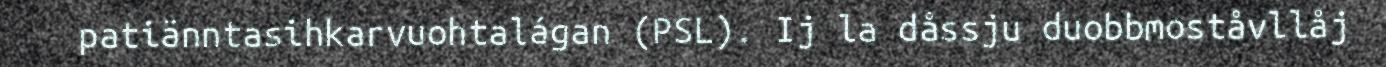
patiänntasihkarvuohtalágan (PSL). Ij la dåssju duobbmoståvllåj